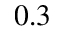
0 . 3